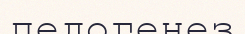
педогенез